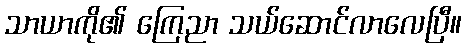
သာယာကို၏ ကြေညာ သယ်ဆောင်လာလေပြီ။